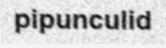
pipunculid